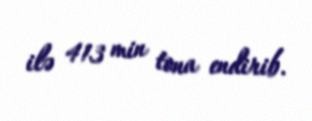
ilə 413 min tona endirib.